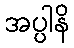
အပ္ပါနိ